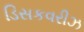
ડિસકવરીઝ